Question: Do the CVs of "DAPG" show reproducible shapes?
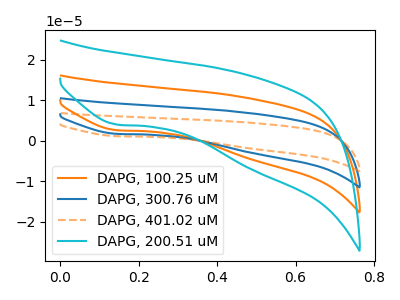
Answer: <think>The orange curve "DAPG, 100.25 uM" has a cathodic peak at: (0.15V, 2.60uA). The blue curve "DAPG, 300.76 uM" has a cathodic peak at: (0.15V, 5.20uA). The orange dashed curve "DAPG, 401.02 uM" has a cathodic peak at: (0.15V, 7.80uA). The cyan curve "DAPG, 200.51 uM" has a cathodic peak at: (0.15V, 4.00uA).
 All the peaks in "DAPG, 100.25 uM" have a peak in "DAPG, 300.76 uM" at the same potential. Every peak in "DAPG, 100.25 uM" is higher than every peak in "DAPG, 300.76 uM". All the peaks in "DAPG, 100.25 uM" have a peak in "DAPG, 401.02 uM" at the same potential. Every peak in "DAPG, 100.25 uM" is higher than every peak in "DAPG, 401.02 uM". All the peaks in "DAPG, 100.25 uM" have a peak in "DAPG, 200.51 uM" at the same potential. Every peak in "DAPG, 100.25 uM" is higher than every peak in "DAPG, 200.51 uM". All the peaks in "DAPG, 300.76 uM" have a peak in "DAPG, 401.02 uM" at the same potential. Every peak in "DAPG, 300.76 uM" is higher than every peak in "DAPG, 401.02 uM". All the peaks in "DAPG, 300.76 uM" have a peak in "DAPG, 200.51 uM" at the same potential. Every peak in "DAPG, 300.76 uM" is lower than every peak in "DAPG, 200.51 uM". All the peaks in "DAPG, 401.02 uM" have a peak in "DAPG, 200.51 uM" at the same potential. Every peak in "DAPG, 401.02 uM" is lower than every peak in "DAPG, 200.51 uM".</think>
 <answer>All the CV's of "DAPG" have similar shape.</answer>
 <eval>follow_rule</eval>